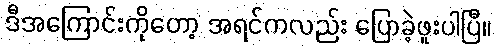
ဒီအကြောင်းကိုတော့ အရင်ကလည်း ပြောခဲ့ဖူးပါပြီ။